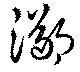
躑